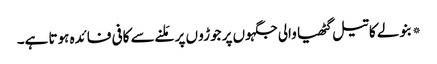
*بنولے کا تیل گٹھیا والی جگہوں پر جوڑو ں پر مَلنے سے کافی فائدہ ہوتا ہے۔